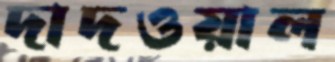
দাদওয়াল